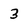
Character: 3